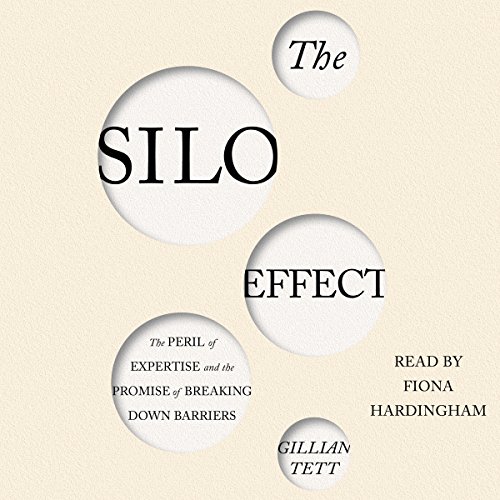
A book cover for The Silo Effect: The Peril of Expertise and the Promise of Breaking Down Barriers; Gillian Tett; Business & Money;